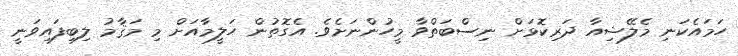
ހަމައެކަނި މެލޭޝިއާ ދަރިކޮޅަށް ނިސްބަތްވާ މީހުންނަށެވެ. އެގޮތުން ހަލީމާއަށް މި މަޤާމު ލިބިފައިވަނީ